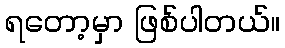
ရတော့မှာ ဖြစ်ပါတယ်။